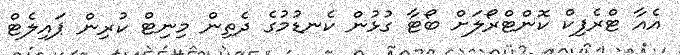
އެއާ ޓްރެފިކް ކޮންޓްރޯލަށް ބޯޓާ ގުޅުން ކެނޑުމުގެ ދެތިން މިނިޓް ކުރިން ޕައިލެޓް